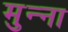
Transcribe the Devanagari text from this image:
मुन्‍ना